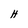
Character: H